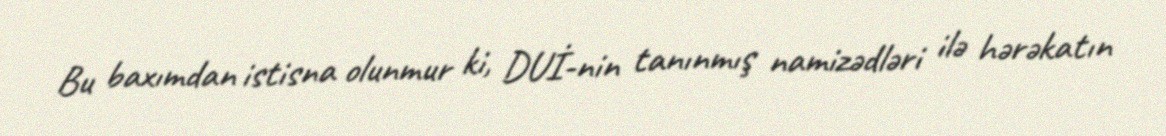
Bu baxımdan istisna olunmur ki, DUİ-nin tanınmış namizədləri ilə hərəkatın